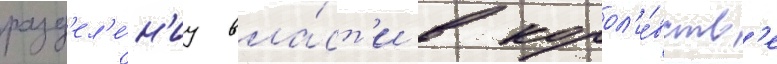
разд'ел'е́н'иу вла́ст'и в корол'е́вств'е